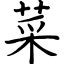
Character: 菜